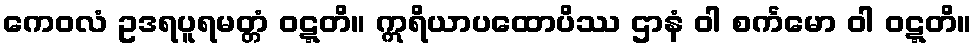
ကေဝလံ ဥဒရပူရမတ္တံ ဝဋ္ဋတိ။ ဣရိယာပထောပိဿ ဌာနံ ဝါ စင်္ကမော ဝါ ဝဋ္ဋတိ။